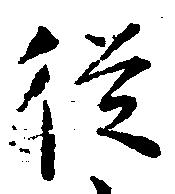
従